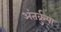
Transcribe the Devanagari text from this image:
अंतर्क्रुया